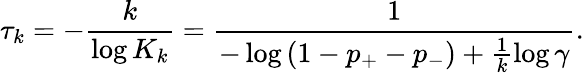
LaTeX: \tau_{k}=-\frac{k}{\log K_{k}}=\frac{1}{-\log\left(1-p_{+}-p_{-}\right)+\frac{1}{k}\log\gamma}.